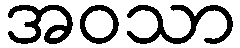
အဝသာ